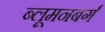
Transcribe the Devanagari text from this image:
ब्लूमनबर्ग